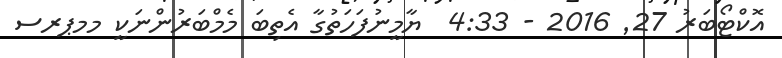
އޮކްޓޯބަރު 27